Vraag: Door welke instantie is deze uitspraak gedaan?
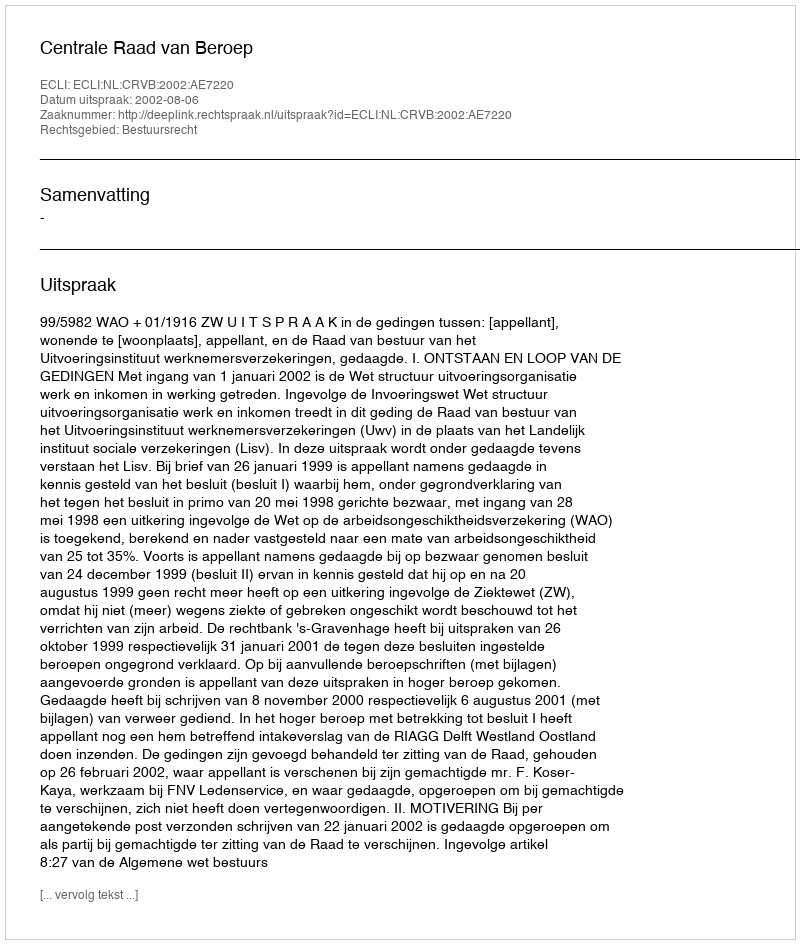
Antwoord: Centrale Raad van Beroep